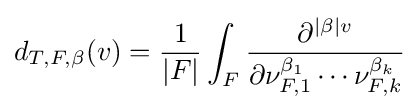
d_{T,F,\beta }(v)={\frac {1}{|F|}}\int _{F}{\frac {\partial ^{|\beta |v}}{\partial \nu _{F,1}^{\beta _{1}}\cdots \nu _{F,k}^{\beta _{k}}}}